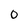
Character: 0